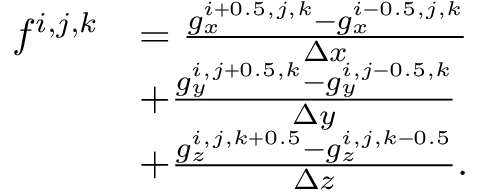
\begin{array} { r l } { f ^ { i , j , k } } & { = \frac { g _ { x } ^ { i + 0 . 5 , j , k } - g _ { x } ^ { i - 0 . 5 , j , k } } { \Delta x } } \\ & { + \frac { g _ { y } ^ { i , j + 0 . 5 , k } - g _ { y } ^ { i , j - 0 . 5 , k } } { \Delta y } } \\ & { + \frac { g _ { z } ^ { i , j , k + 0 . 5 } - g _ { z } ^ { i , j , k - 0 . 5 } } { \Delta z } . } \end{array}